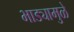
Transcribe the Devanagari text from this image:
भाड्यामुळे